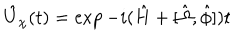
\hat { U } _ { \chi } ( t ) = \exp - i ( \hat { H } + [ \hat { \Omega } , \hat { \phi } ] ) t